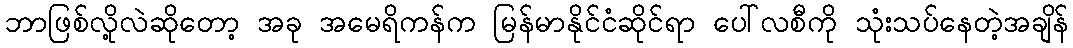
ဘာဖြစ်လို့လဲဆိုတော့ အခု အမေရိကန်က မြန်မာနိုင်ငံဆိုင်ရာ ပေါ်လစီကို သုံးသပ်နေတဲ့အချိန်